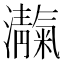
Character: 𪸃